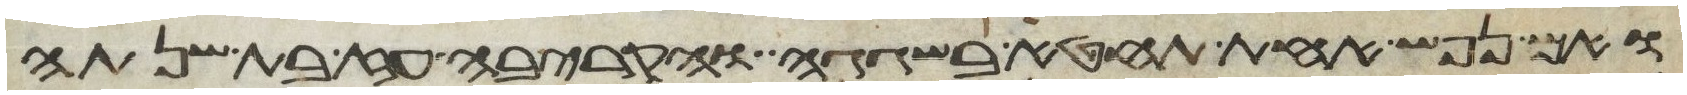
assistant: ואם נפש אחת תחטא בשגגה והקריבה עז בת שנתה